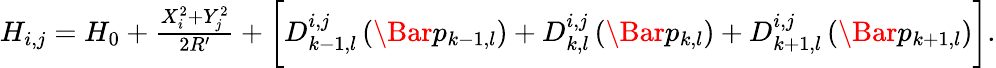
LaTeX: \begin{array}{r}{H_{i,j}=H_{0}+\frac{X_{i}^{2}+Y_{j}^{2}}{2R^{\prime}}+\biggl[D_{k-1,l}^{i,j}\left(\Bar{p}_{k-1,l}\right)+D_{k,l}^{i,j}\left(\Bar{p}_{k,l}\right)+D_{k+1,l}^{i,j}\left(\Bar{p}_{k+1,l}\right)\biggr].}\end{array}